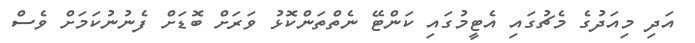
އަދި މިއަދުގެ މެޗުގައި އެޓީމުގައި ކަންޓޭ ނެތްތަންކޮޅު ވަރަށް ބޮޑަށް ފެނުނުކަމަށް ވެސް